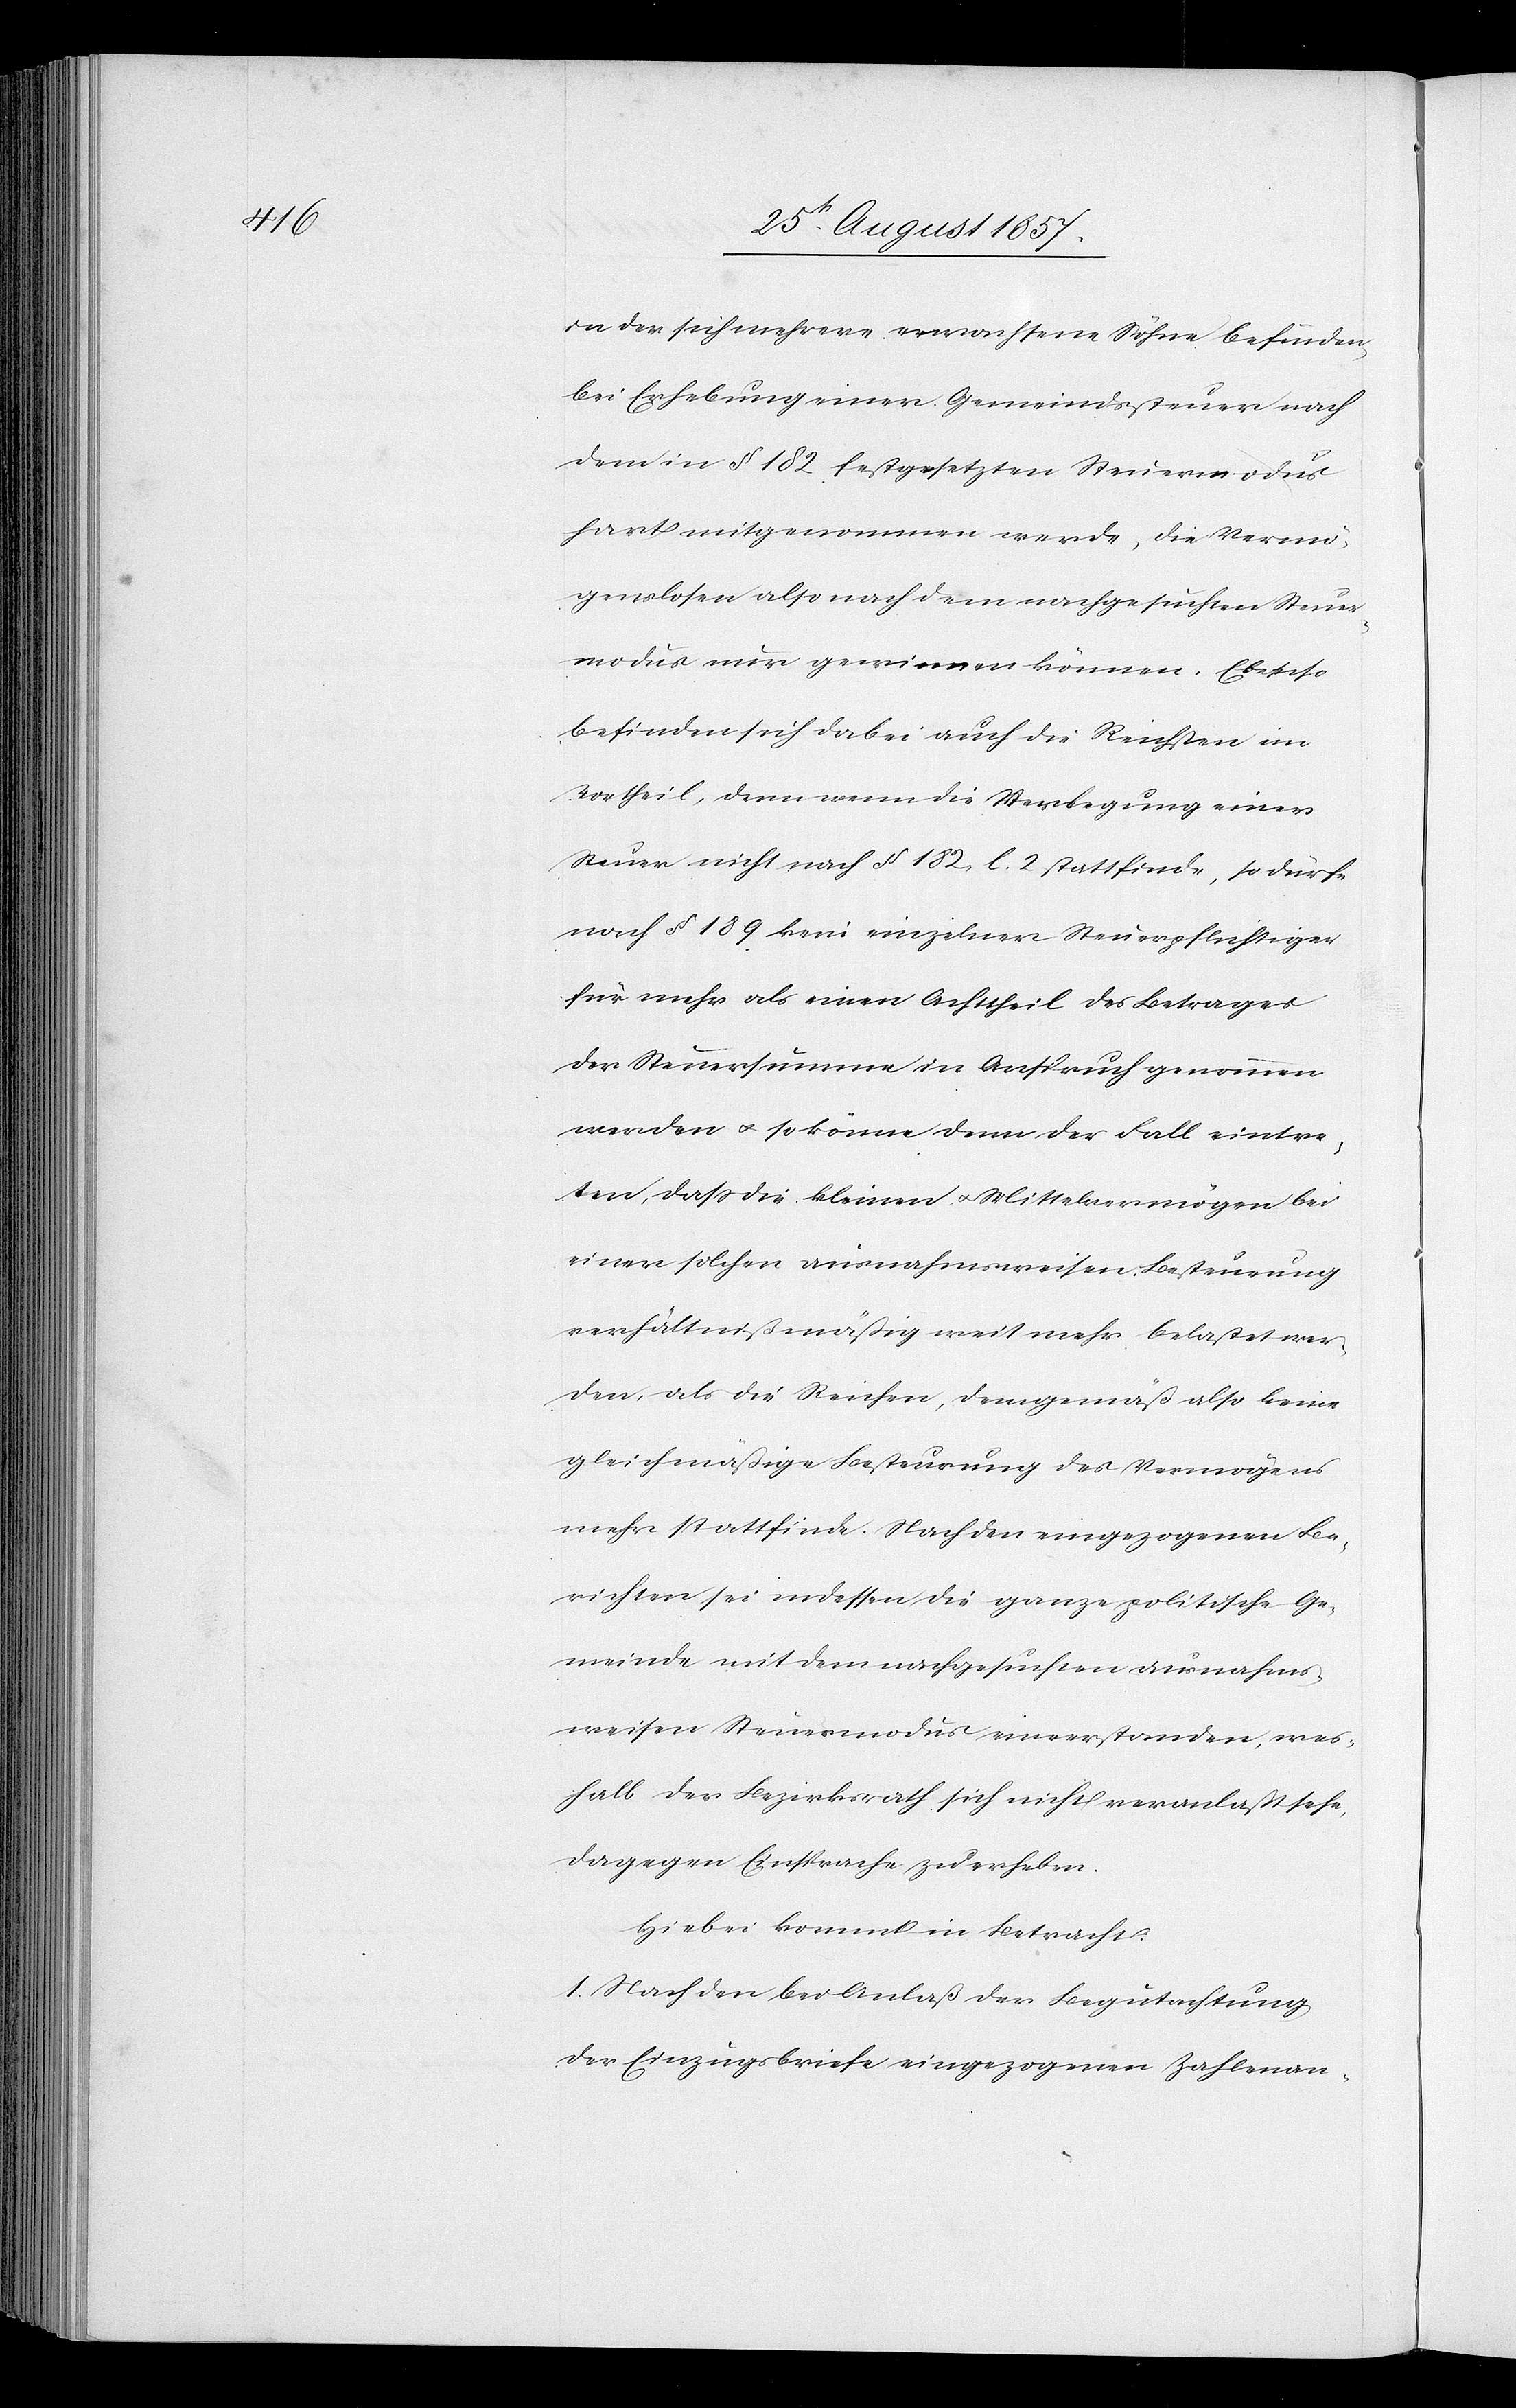
in der sich mehrere erwachsene Söhne befinden,
bei Erhebung einer Gemeindssteuer nach
dem in § 182 festgesetzten Steuermodus
hart mitgenommen werde, die Vermö¬
genslosen also nach dem nachgesuchten Steuer¬
modus nur gewinnen können. Ebenso
befinden sich dabei auch die Reichsten im
Vortheil, denn wenn die Verlegung einer
Steuer nicht nach § 182, l. 2 stattfinde, so dürfe
nach § 189 kein einzelner Steuerpflichtiger
für mehr als einen Achttheil des Betrages
der Steuersumme in Anspruch genommen
werden & so könne der Fall eintre¬
ten, daß die kleinen & Mittelvermögen bei
einer solchen ausnahmsweisen Besteuerung
verhältnißmäßig weit mehr belastet wer¬
den, als die Reichen, demgemäß also keine
gleichmäßige Besteuerung des Vermögens
mehr stattfinde. Nach den eingezogenen Be¬
richten sei indessen die ganze politische Ge¬
meinde mit dem nachgesuchten ausnahms¬
weisen Steuermodus einverstanden, wes¬
halb der Bezirksrath sich nicht veranlaßt sehe,
dagegen Einsprache zu erheben.
Hiebei kommt in Betracht:
1. Nach den bei Anlaß der Begutachtung
der Einzugsbriefe eingezogenen Zahlenan-